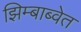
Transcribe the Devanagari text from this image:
झिम्बाब्वेत